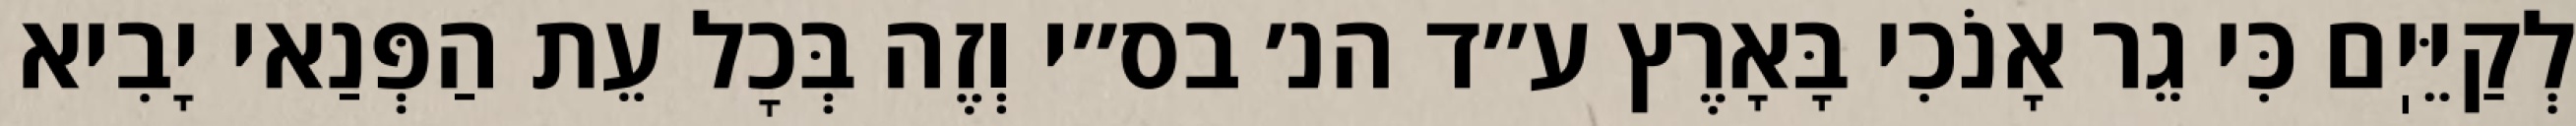
לְקַיֵּיֽם כִּי גֵר אָנֹכִי בָּאָרֶץ ע״ד הנ׳ בס״י וְזֶה בְּכׇל עֵת הַפְּנַאי יָבִיא